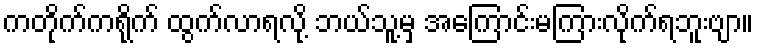
ကတိုက်ကရိုက် ထွက်လာရလို့ ဘယ်သူ့မှ အကြောင်းမကြားလိုက်ရဘူးဗျာ။